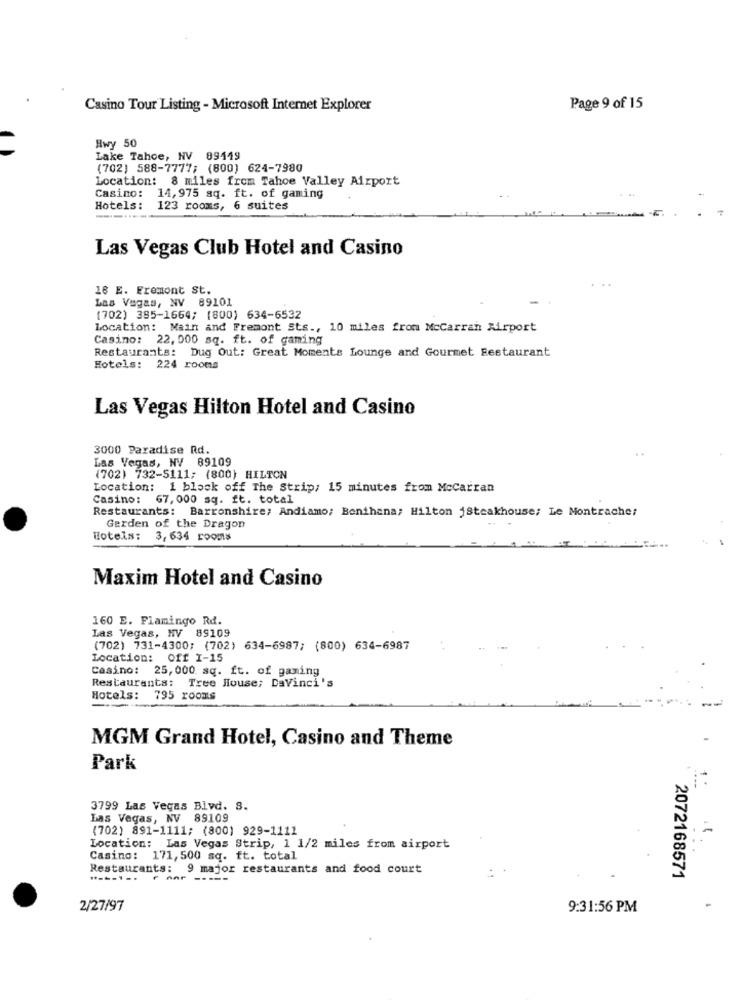
Casino Tour Listing - Microsoft Internet Explorer
Page 9 of 15
Hwy 50
Lake Tahoe, NV 89149
(702) 588-7777; (800) 624-7980
Location: 8 miles from Tahoe Valley Airport
Casino: 14,975 sq. ft. of gaming
Hotels: 123 rooms, 6 suites
-....
Las Vegas Club Hotel and Casino
18 E. Fremont St.
Las Vegas, NV 89101
(702) 385-1664; (800) 634-6532
Location: Main and Fremont Sts ., 10 miles from McCarran Airport
Casino: 22, 000 sq. ft. of gaming
Restaurants: Dug Out: Great Moments Lounge and Gourmet Restaurant
Hotels: 224 rooms
Las Vegas Hilton Hotel and Casino
3000 Paradise Rd.
Las Vegas, NV 89109
(702) 732-5111; (800} HILTON
Location: 1 block off The Strip; 15 minutes from Mccarran
Casino: 67,000 sq. ft. total
Restaurants: Barronshire; Andiamo; Benihana; Hilton 1Steakhouse; Le Montrache:
Garden of the Dragon
Hotels: 3, 634 rooms
Maxim Hotel and Casino
160 E. Flamingo Rd.
Las Vegas, NV 89109
(702) 731-4300; (702) 634-6987; (800) 634-6987
Location: off I-15
Casino: 25,000 sq. ft. of gaming
Restaurants: Tree House; DaVinci's
Hotels: 795 rooms
MGM Grand Hotel, Casino and Theme
Park
3799 Las Vegas Blvd. 8.
Las Vegas, NV 89109
(702) 891-1111; (800) 929-1111
Location: Las Vegas Strip, 1 1/2 miles from airport
Casino: 171, 500 sq. ft. total
Restaurants: 9 major restaurants and food court
----...
r nnr -
2072168571
2/27/97
9:31:56 PM